Report of the Indian Hemp Drugs Commission, 1894-1895 - Volume VII
Year: 1894
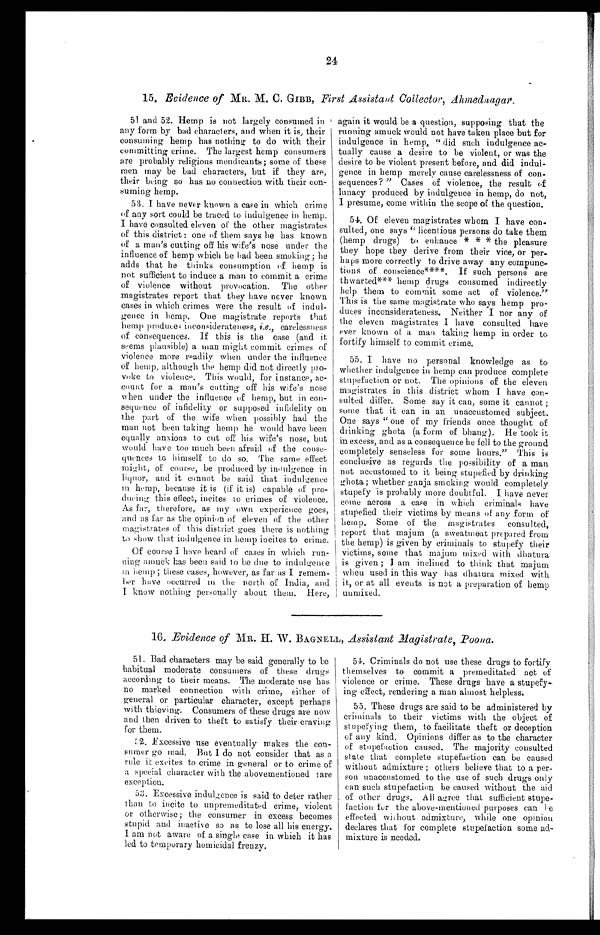
24
15. Evidence of MR. M . C. GIBB, First Assistant Collector,Ahmednagar.
51 and 52. Hemp is not largely consumed in
any form by bad characters, and when it is, their
consuming hemp has nothing to do with their
committing crime. The largest hemp consumers
are probably religious mendicants; some of these
men may be bad characters, but if they are,
their being so has no connection with their con
- s u m i n g h e m p .
53. I have never known a case in which crime
of any sort could be traced to indulgence in hemp.
I have consulted eleven of the other magistrates
of this district: one of them says he has known
of a man's cutting off his wife's nose under the
influence of hemp which he had been smoking; he
adds that he thinks consumption of hemp is
not sufficient to induce a man to commit a crime
of violence without provocation. The other
magistrates report that they have never known
cases in which crimes were the result of indul
-
gence in hemp. One magistrate reports that
hemp produces inconsiderateness, i.e ., carelessness
of consequences. If this is the case (and it
seems plausible) a man might commit crimes of
violence more readily when under the influence
of hemp, although the hemp did not directly pro
-voke to violence. This would, for instance, ac
-count for a man's cutting off his wife's nose
when under the influence of hemp, but in con
-sequence of infidelity or supposed infidelity on
the part of the wife when possibly had the
man not been taking hemp he would have been
equally anxious to cut off his wife's nose, but
would have too much been afraid of the conse
-quences to himself to do so. The same effect
of course, be produced by indulgence in
liquor, and it cannot be said that indulgence
i n hemp, because it is (if it is) capable of pro
-ducing this effect, incites to crimes of violence.
As far, therefore, as my own experience goes,
and as far as the opinion of eleven of the other
magistrates of this district goes there is nothing
to show that indulgence in hemp incites to crime.
Of course I have heard of cases in which run
- n i n g a m u c k h a s b e e n s a i d t o b e d u e t o i n d u l g e n c e
in hemp; these cases, however, as far as I remem-
ber have occurred in the north of India, and
I know nothing personally about them. Here,
again it would be a question, supposing that the
running amuck would not have taken place but for
indulgence in hemp, "did such indulgence ac
- t u a l l y c a u s e a d e s i r e t o b e v i o l e n t , o r w a s t h e
desire to be violent present before, and did indul
-gence in hemp merely cause carelessness of con
- s e q u e n c e s ? " C a s e s o f v i o l e n c e , t h e r e s u l t o f
lunacy produced by indulgence in hemp, do not,
I presume, come within the scope of the question.
54. Of eleven magistrates whom I have con
-sulted, one says "licentious persons do take them
(hemp drugs) to enhance * * * the pleasure
they hope they derive from their vice, or per
-haps more correctly to drive away any compunc
-tions of conscience****. If such persons are
thwarted*** hemp drugs consumed indirectly
help them to commit some act of violence
." This is the same magistrate who says hemp pro
-duces inconsiderateness. Neither I nor any of
the eleven magistrates I have consulted have
ever known of a man taking hemp in order to
fortify himself to commit crime.
55. I have no personal knowledge as to
whether indulgence in hemp can produce complete
stupefaction or not. The opinions of the eleven
magistrates in this district whom I have con
-sulted differ. Some say it can, some it cannot;
some that it can in an unaccustomed subject.
One says "one of my friends once thought of
drinking ghota (a form of bhang). He took it
in excess, and as a consequence he fell to the ground
completely senseless for some hours." This is
conclusive as regards the possibility of a man
not accustomed to it being stupefied by drinking
ghota ; whether ganja smoking would completely
stupefy is probably more doubtful. I have never
come across a case in which criminals have
stupefied their victims by means of any form of
hemp. Some of the magistrates consulted,
report that majum (a sweatmeat prepared from
the hemp) is given by criminals to stupefy their
victims, some that majum mixed with dhatura
is given; I am inclined to think that majum
when used in this way has dhatura mixed with
it, or at all events is not a preparation of hemp
unmixed.
16. Evidence of MR. H . W. BAGNELL, Assistant Magistrate, Poona.
51. Bad characters may be said generally to be
habitual moderate consumers of these drugs
according to their means. The moderate use has
no marked connection with crime, either of
general or particular character, except perhaps
with thieving. Consumers of these drugs are now
and then driven to theft to satisfy their craving
for them.
52. Excessive use eventually makes the con
-sumer go mad. But I do not consi der t hat as a
rule it excites to crime in general or to crime of
a special character with the abovementioned rare
exception.
53. Excessive indulgence is said to deter rather
than to incite to unpremeditated crime, violent
or otherwise; the consumer in excess becomes
stupid and inactive so as to lose all his energy.
I am not aware of a single case in which it has
led to temporary homicidal frenzy.
54. Criminals do not use these drugs to fortify
themselves to commit a premeditated act of
violence or crime. These drugs have a stupefy
-ing effect, rendering a man almost helpless.
55. These drugs are said to be administered by
criminals to their victims with the object of
stupefying them, to facilitate theft or deception
of any kind. Opinions differ as to the character
of stupefaction caused. The majority consulted
state that complete stupefaction can be caused
without admixture; others believe that to a per
- s o n u n a c c u s t o m e d t o t h e u s e o f s u c h d r u g s o n l y
can such stupefaction be caused without the aid
of other drugs. All agree that sufficient stupe
- f a c t i o n
f o r
t h e a b o v e - m e n t i o n e d p u r p o s e s c a n b e
effected without admixture, while one opinion
declares that for complete stupefaction some ad
- m i x t u r e i s n e e d e d .